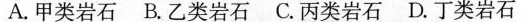
A.甲类岩石 B.乙类岩石 C.丙类岩石 D.丁类岩石